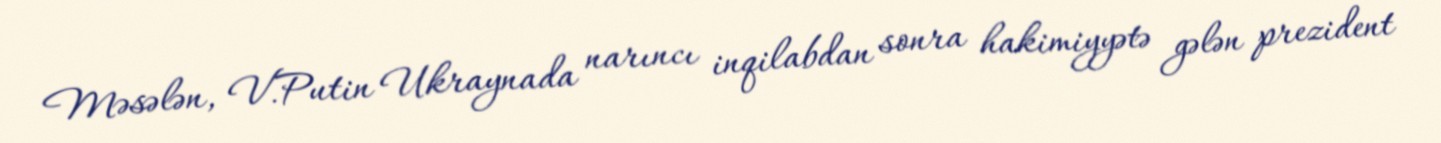
Məsələn, V.Putin Ukraynada narıncı inqilabdan sonra hakimiyyətə gələn prezident